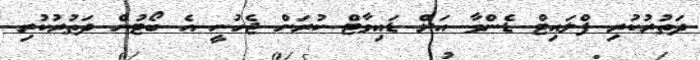
ދަތުރުކުރި ފްލައިޓް ޑެންވާ އަށް ޑައިވާޓް ކުރަން ޖެހުނީ އެ ބޯޓުން ދަތުރުކުރި